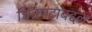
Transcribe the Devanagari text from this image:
चित्रपटाबद्दल